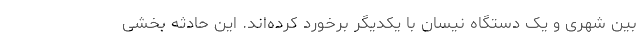
بین شهری و یک دستگاه نیسان با یکدیگر برخورد کرده‌اند. این حادثه بخشی